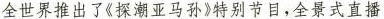
全世界推出了《探潮亚马孙》特别节目，全景式直播